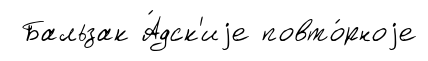
Бальзак А́дск'иjе повто́рноjе